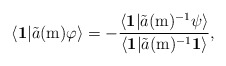
\begin{align*}\langle\mathbf{1}|\tilde{a}(\mathrm{m})\varphi\rangle=-\frac{\langle\mathbf{1}|\tilde{a}(\mathrm{m})^{-1}\psi\rangle}{\langle\mathbf{1}|\tilde{a}(\mathrm{m})^{-1}\mathbf{1}\rangle},\end{align*}